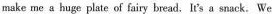
make me a huge plate of fairy bread. It's a snack. We